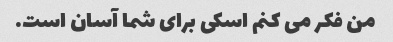
من فکر می کنم اسکی برای شما آسان است.